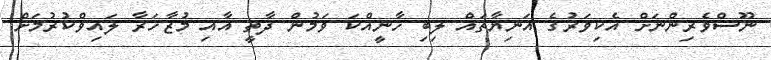
ނޫސްވެރިންނަށް އެކިވަރުގެ އަނިޔާތައް ލިބި ހާނީއްކަ ވަމުން ދާތީ އާއި މުޒާހަރާ ލައިވްކުރުމަށް